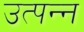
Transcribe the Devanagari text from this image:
उत्‍पन्‍न्‍ा